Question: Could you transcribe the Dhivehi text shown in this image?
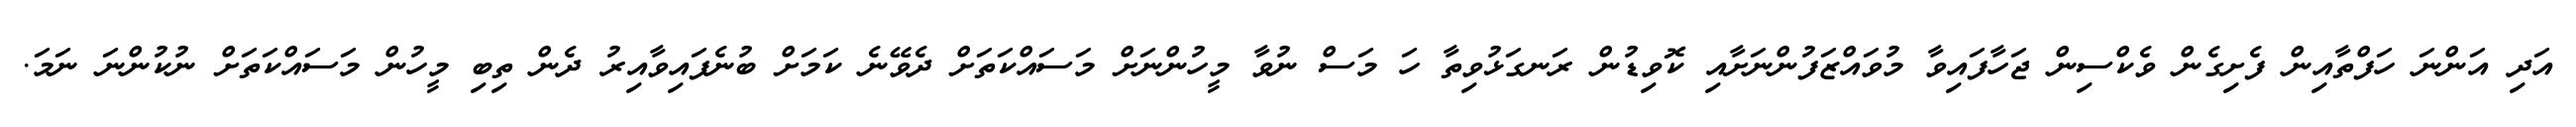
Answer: އަދި އަންނަ ހަފްތާއިން ފެށިގެން ވެކްސިން ޖަހާފައިވާ މުވައްޒަފުންނަށާއި ކޮވިޑުން ރަނގަޅުވިތާ ހަ މަސް ނުވާ މީހުންނަށް މަސައްކަތަށް ދެވޭނެ ކަމަށް ބުނެފައިވާއިރު ދެން ތިބި މީހުން މަސައްކަތަށް ނުކުންނަ ނަމަ.